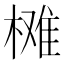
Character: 𣗙